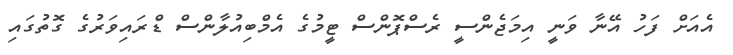
އެއަށް ފަހު އޭނާ ވަނީ އިމަޖެންސީ ރެސްޕޮންސް ޓީމުގެ އެމްބިއުލާންސް ޑްރައިވަރުގެ ގޮތުގައި